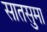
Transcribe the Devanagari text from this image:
सातसुमा